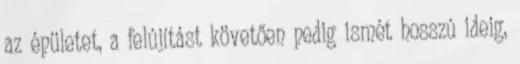
az épületet, a felújítást követően pedig ismét hosszú ideig,